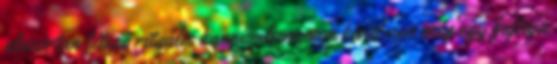
elszórtan létező rituális kannibalizmuson kívül van még egy fajtája